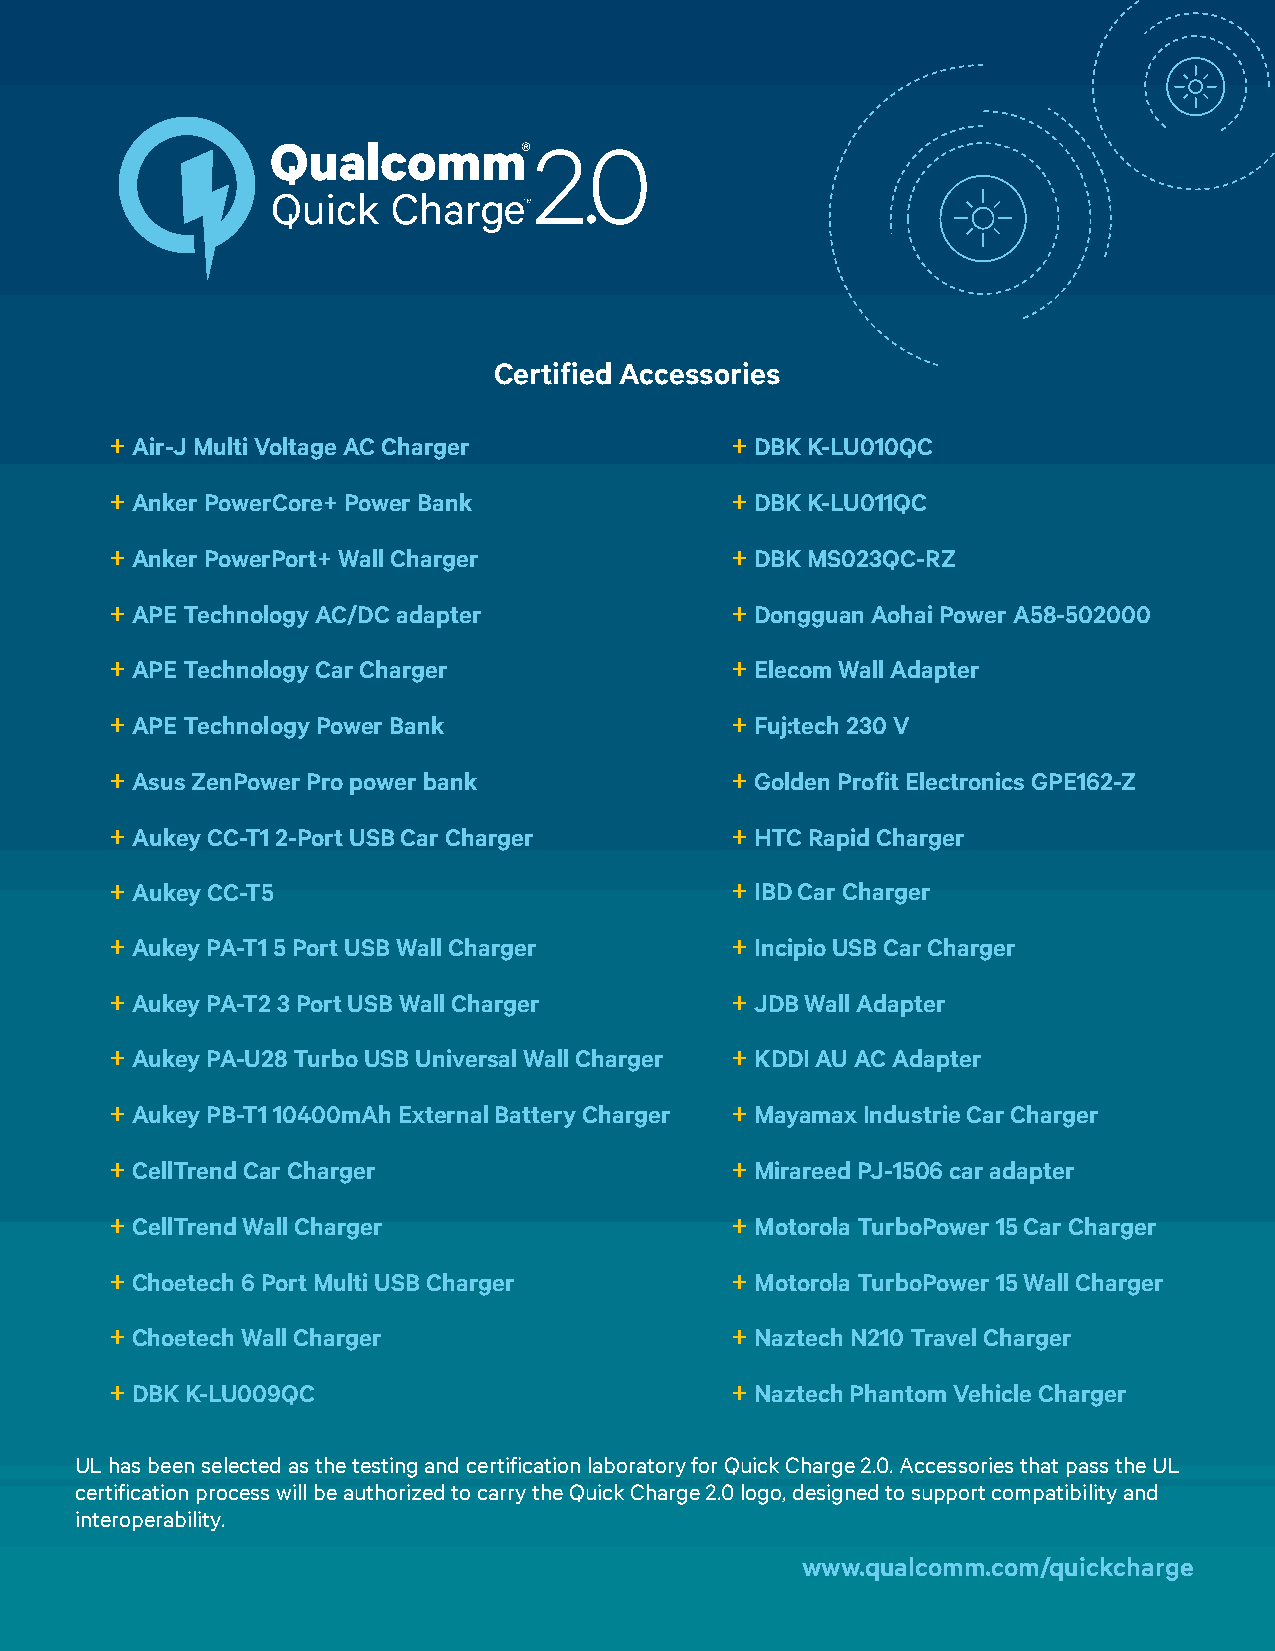
Certified Accessories
 + Air-J Multi Voltage AC Charger         + DBK K-LU010QC
 + Anker PowerCore+ Power Bank            + DBK K-LU011QC
 + Anker PowerPort+ Wall Charger          + DBK MS023QC-RZ
 + APE Technology AC/DC adapter           + Dongguan Aohai Power A58-502000
 + APE Technology Car Charger             + Elecom Wall Adapter
 + APE Technology Power Bank              + Fuj:tech 230 V
 + Asus ZenPower Pro power bank           + Golden Profit Electronics GPE162-Z
 + Aukey CC-T1 2-Port USB Car Charger     + HTC Rapid Charger
 + Aukey CC-T5                            + IBD Car Charger
 + Aukey PA-T1 5 Port USB Wall Charger    + Incipio USB Car Charger
 + Aukey PA-T2 3 Port USB Wall Charger    + JDB Wall Adapter
 + Aukey PA-U28 Turbo USB Universal Wall Charger + KDDI AU AC Adapter
 + Aukey PB-T1 10400mAh External Battery Charger + Mayamax Industrie Car Charger
 + CellTrend Car Charger                  + Mirareed PJ-1506 car adapter
 + CellTrend Wall Charger                 + Motorola TurboPower 15 Car Charger
 + Choetech 6 Port Multi USB Charger      + Motorola TurboPower 15 Wall Charger
 + Choetech Wall Charger                  + Naztech N210 Travel Charger
 + DBK K-LU009QC                          + Naztech Phantom Vehicle Charger
 UL has been selected as the testing and certification laboratory for Quick Charge 2.0. Accessories that pass the UL
 certification process will be authorized to carry the Quick Charge 2.0 logo, designed to support compatibility and
 interoperability.
 www.qualcomm.com/quickcharge